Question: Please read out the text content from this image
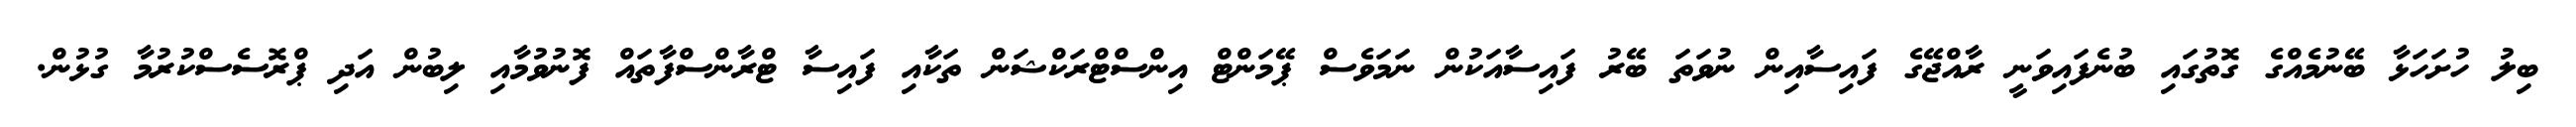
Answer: ބިލު ހުށަހަޅާ ބޭނުމެއްގެ ގޮތުގައި ބުނެފައިވަނީ ރާއްޖޭގެ ފައިސާއިން ނުވަތަ ބޭރު ފައިސާއަކުން ނަމަވެސް ޕޭމަންޓް އިންސްޓްރަކްޝަން ތަކާއި ފައިސާ ޓްރާންސްފާތައް ފޮނުވުމާއި ލިބުން އަދި ޕްރޮސެސްކުރުމާ ގުޅުން.